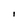
Character: I